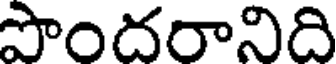
పొందరానిది